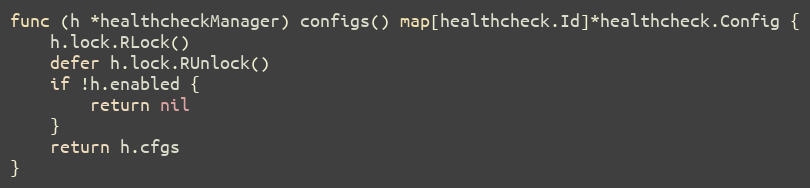
Language: Go
func (h *healthcheckManager) configs() map[healthcheck.Id]*healthcheck.Config {
	h.lock.RLock()
	defer h.lock.RUnlock()
	if !h.enabled {
		return nil
	}
	return h.cfgs
}